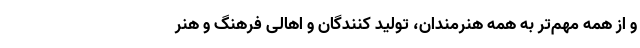
و از همه مهم‌تر به همه هنرمندان، تولید کنندگان و اهالی فرهنگ و هنر